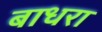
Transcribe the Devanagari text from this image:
बाधरा